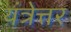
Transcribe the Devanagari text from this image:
यंत्रेत्तर